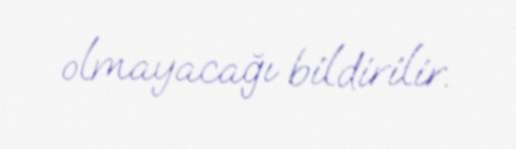
olmayacağı bildirilir.